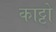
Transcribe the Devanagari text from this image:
काट्टो